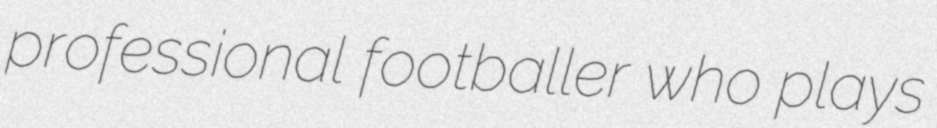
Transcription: professional footballer who plays